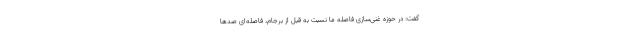
گفت: در حوزه غنی‌سازی فاصله ما نسبت به قبل از برجام، فاصله‌ای صدها